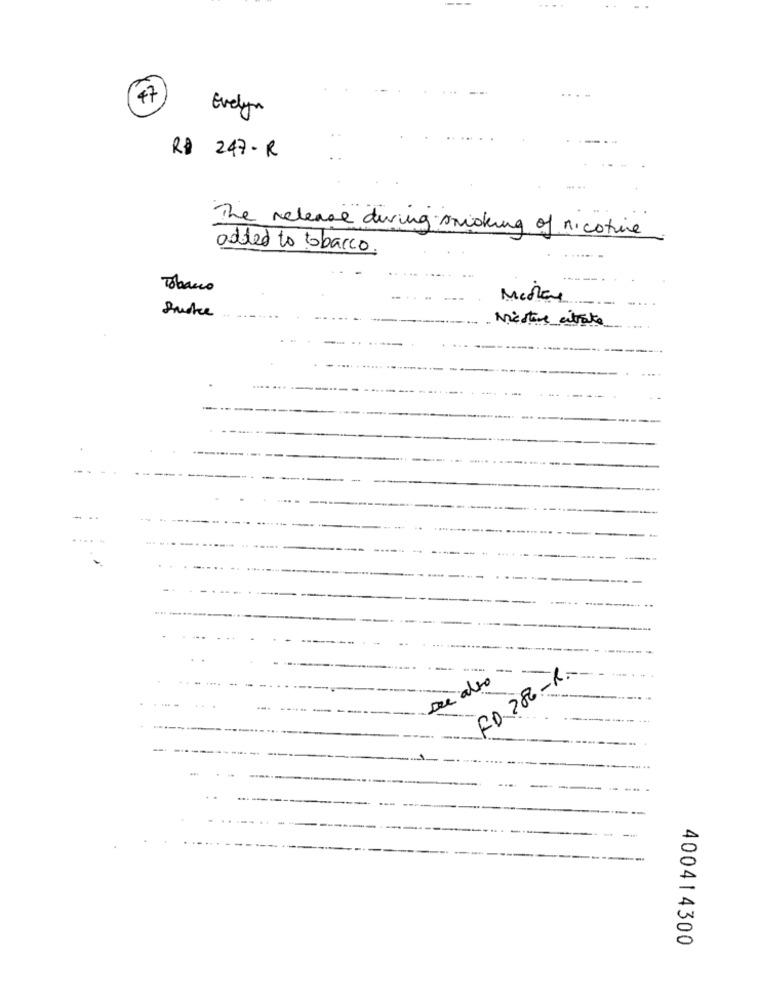
Evelyn
R$ 247 - R
The release during smoking of nicotine
added to tobacco.
Tobacco
Smoke
Nestane entrate
De also
FD 286. - R.
400414300